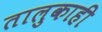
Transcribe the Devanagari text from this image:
तालुकाही